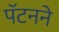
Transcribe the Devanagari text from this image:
पॅटनने